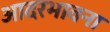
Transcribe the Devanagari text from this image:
आदरभावना